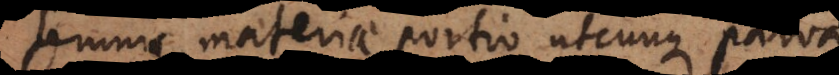
Omnis materiae portio utcunque parva